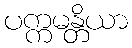
ပက္ကမန္တိယာ